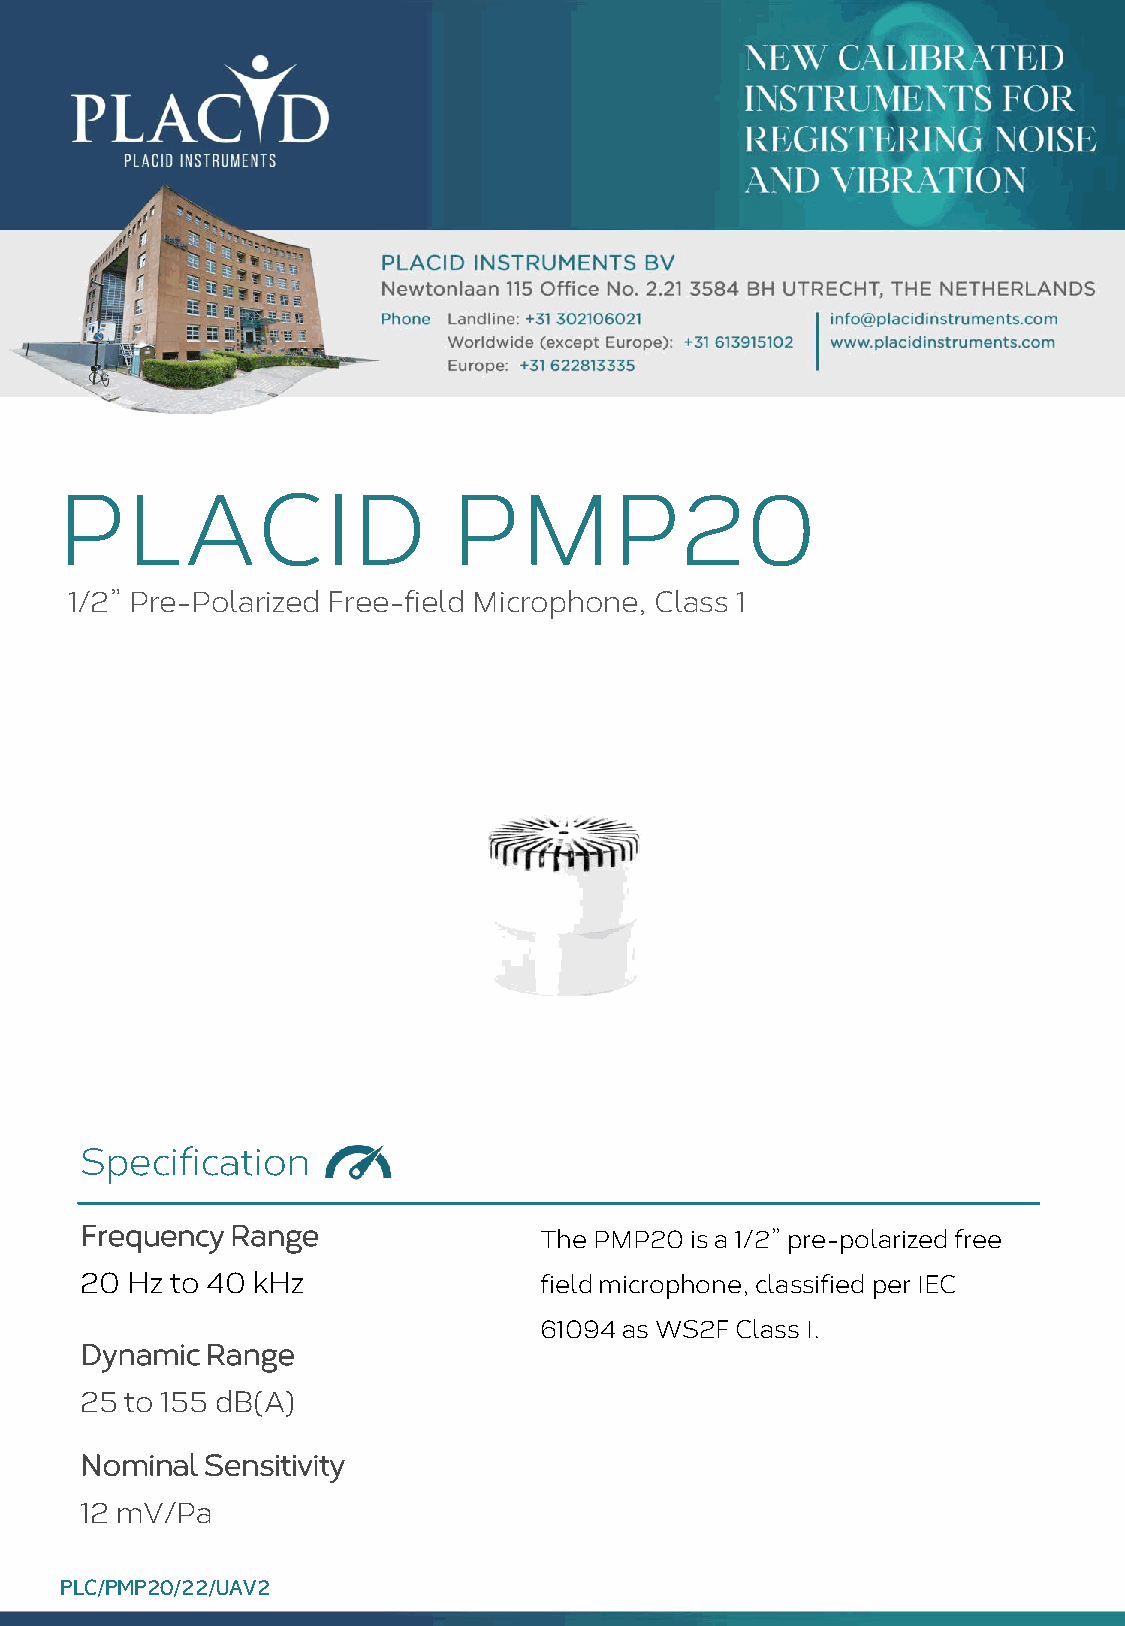
PLACID                    PMP20
 1/2” Pre-Polarized Free-field Microphone, Class 1
 Specification
 Frequency Range                The PMP20 is a 1/2” pre-polarized free
 20 Hz to 40 kHz                field microphone, classified per IEC
 61094 as WS2F Class I.
 Dynamic  Range
 25 to 155 dB(A)
 Nominal Sensitivity
 12 mV/Pa
 PLC/PMP20/22/UAV2